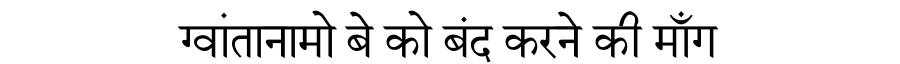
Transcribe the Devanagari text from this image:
ग्वांतानामो बे को बंद करने की माँग